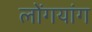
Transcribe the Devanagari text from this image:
लोंगयांग